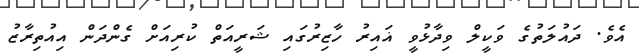
އެވެ. ދައުލަތުގެ ވަކީލް ވިދާޅުވީ ޣައިރު ހާޒިރުގައި ޝަރީއަތް ކުރިއަށް ގެންދަން އިއުތިރާޒު